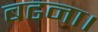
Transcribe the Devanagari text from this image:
बढना।